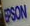
EPSON